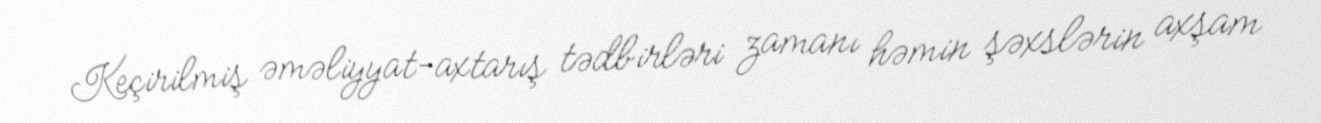
Keçirilmiş əməliyyat-axtarış tədbirləri zamanı həmin şəxslərin axşam